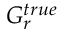
G _ { r } ^ { t r u e }